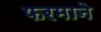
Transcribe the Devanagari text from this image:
फरमाने